Vaccine operations Central Provinces & Berar 1922-1929 - 1922-1929
Year: 1922
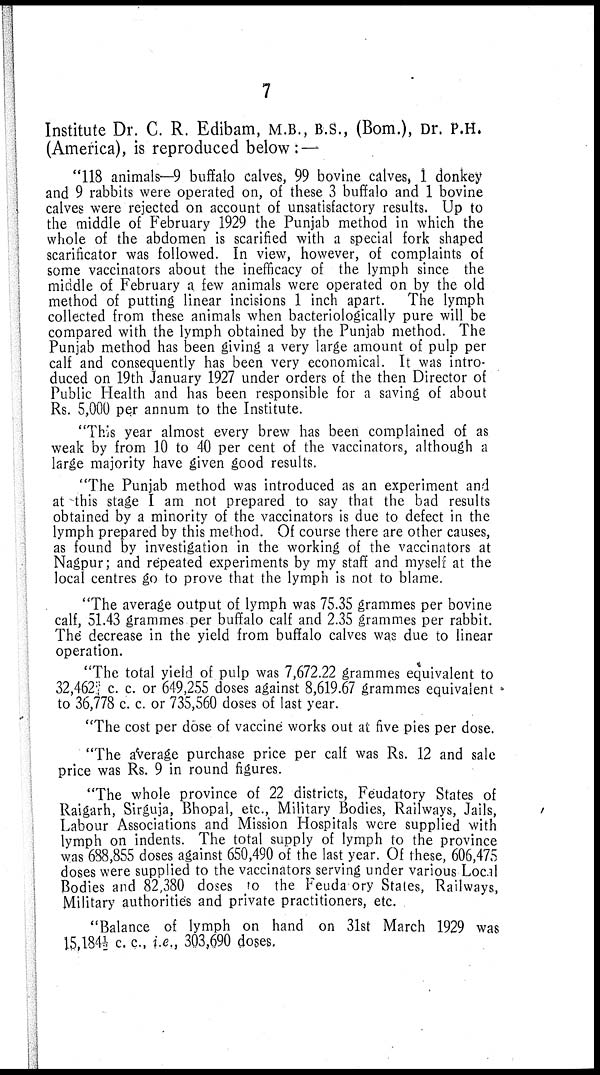
7
Institute Dr. C. R. Edibam, M.B., B.S., (Bom.), Dr. P.H.
(America), is reproduced below: —
"118 animals—9 buffalo calves, 99 bovine calves, 1 donkey
and 9 rabbits were operated on, of these 3 buffalo and 1 bovine
calves were rejected on account of unsatisfactory results. Up to
the middle of February 1929 the Punjab method in which the
whole of the abdomen is scarified with a special fork shaped
scarificator was followed. In view, however, of complaints of
some vaccinators about the inefficacy of the lymph since the
middle of February a few animals were operated on by the old
method of putting linear incisions 1 inch apart. The lymph
collected from these animals when bacteriologically pure will be
compared with the lymph obtained by the Punjab method. The
Punjab method has been giving a very large amount of pulp per
calf and consequently has been very economical. It was intro-
duced on 19th January 1927 under orders of the then Director of
Public Health and has been responsible for a saving of about
Rs. 5,000 per annum to the Institute.
"This year almost every brew has been complained of as
weak by from 10 to 40 per cent of the vaccinators, although a
large majority have given good results.
"The Punjab method was introduced as an experiment and
at this stage I am not prepared to say that the bad results
obtained by a minority of the vaccinators is due to defect in the
lymph prepared by this method. Of course there are other causes,
as found by investigation in the working of the vaccinators at
Nagpur; and repeated experiments by my staff and myself at the
local centres go to prove that the lymph is not to blame.
"The average output of lymph was 75.35 grammes per bovine
calf, 51.43 grammes per buffalo calf and 2.35 grammes per rabbit.
The decrease in the yield from buffalo calves was due to linear
operation.
"The total yield of pulp was 7,672.22 grammes equivalent to
32,4623/1 c. c. or 649,255 doses against 8,619.67 grammes equivalent
to 36,778 c. c. or 735,560 doses of last year.
"The cost per dose of vaccine works out at five pies per dose.
"The average purchase price per calf was Rs. 12 and sale
price was Rs. 9 in round figures.
"The whole province of 22 districts, Feudatory States of
Raigarh, Sirguja, Bhopal, etc., Military Bodies, Railways, Jails,
Labour Associations and Mission Hospitals were supplied with
lymph on indents. The total supply of lymph to the province
was 688,855 doses against 650,490 of the last year. Of these, 606,475
doses were supplied to the vaccinators serving under various Local
Bodies and 82,380 doses to the Feuda ory States, Railways,
Military authorities and private practitioners, etc.
"Balance of lymph on hand on 31st March 1929 was
15,184½ c. c., i.e., 303,690 doses.